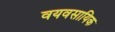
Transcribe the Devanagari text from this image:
वयवसायिक